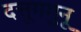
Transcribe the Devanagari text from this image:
दत्तूगमुनू